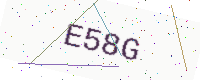
Text: E58G